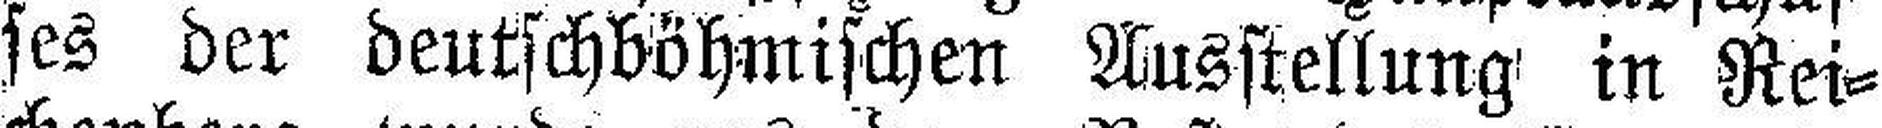
ses der deutschböhmischen Ausstellung in Rei¬